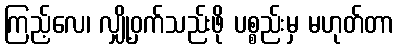
ကြည့်လေ၊ လျှို့ဝှက်သည်းဖို ပစ္စည်းမှ မဟုတ်တာ